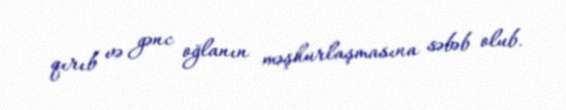
qırıb və gənc oğlanın məşhurlaşmasına səbəb olub.